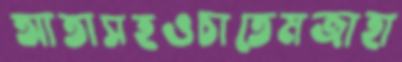
আতাসহওচাতেমজাহা